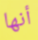
أنها